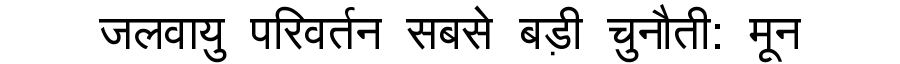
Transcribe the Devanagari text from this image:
जलवायु परिवर्तन सबसे बड़ी चुनौती: मून